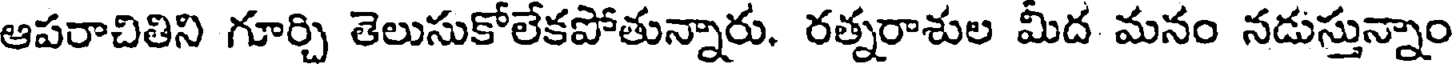
ఆపరాచితిని గూర్చి తెలుసుకోలేకపోతున్నారు. రత్నరాశుల మీద మనం నడుస్తున్నాం